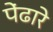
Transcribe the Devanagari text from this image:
पेंढारे